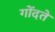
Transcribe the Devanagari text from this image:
गोंदते